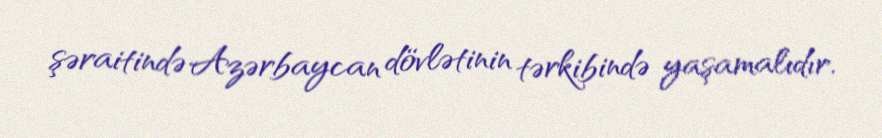
şəraitində Azərbaycan dövlətinin tərkibində yaşamalıdır.